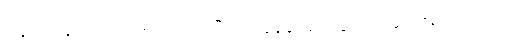
လျှောက်ကုန်၏။ မဟာရာဇ၊ အရှင်မင်းမြတ်။ ဘန္တေ နာဂသေနော၊ အရှင်နာဂသိန်မထေရ်သည်။